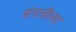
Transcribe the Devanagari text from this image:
संपत्तीला